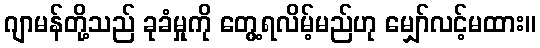
ဂျာမန်တို့သည် ခုခံမှုကို တွေ့ရလိမ့်မည်ဟု မျှော်လင့်မထား။